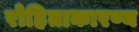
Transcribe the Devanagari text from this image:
रोहिताकारण्य